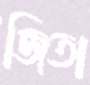
জিতা